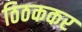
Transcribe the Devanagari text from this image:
ठिठककर